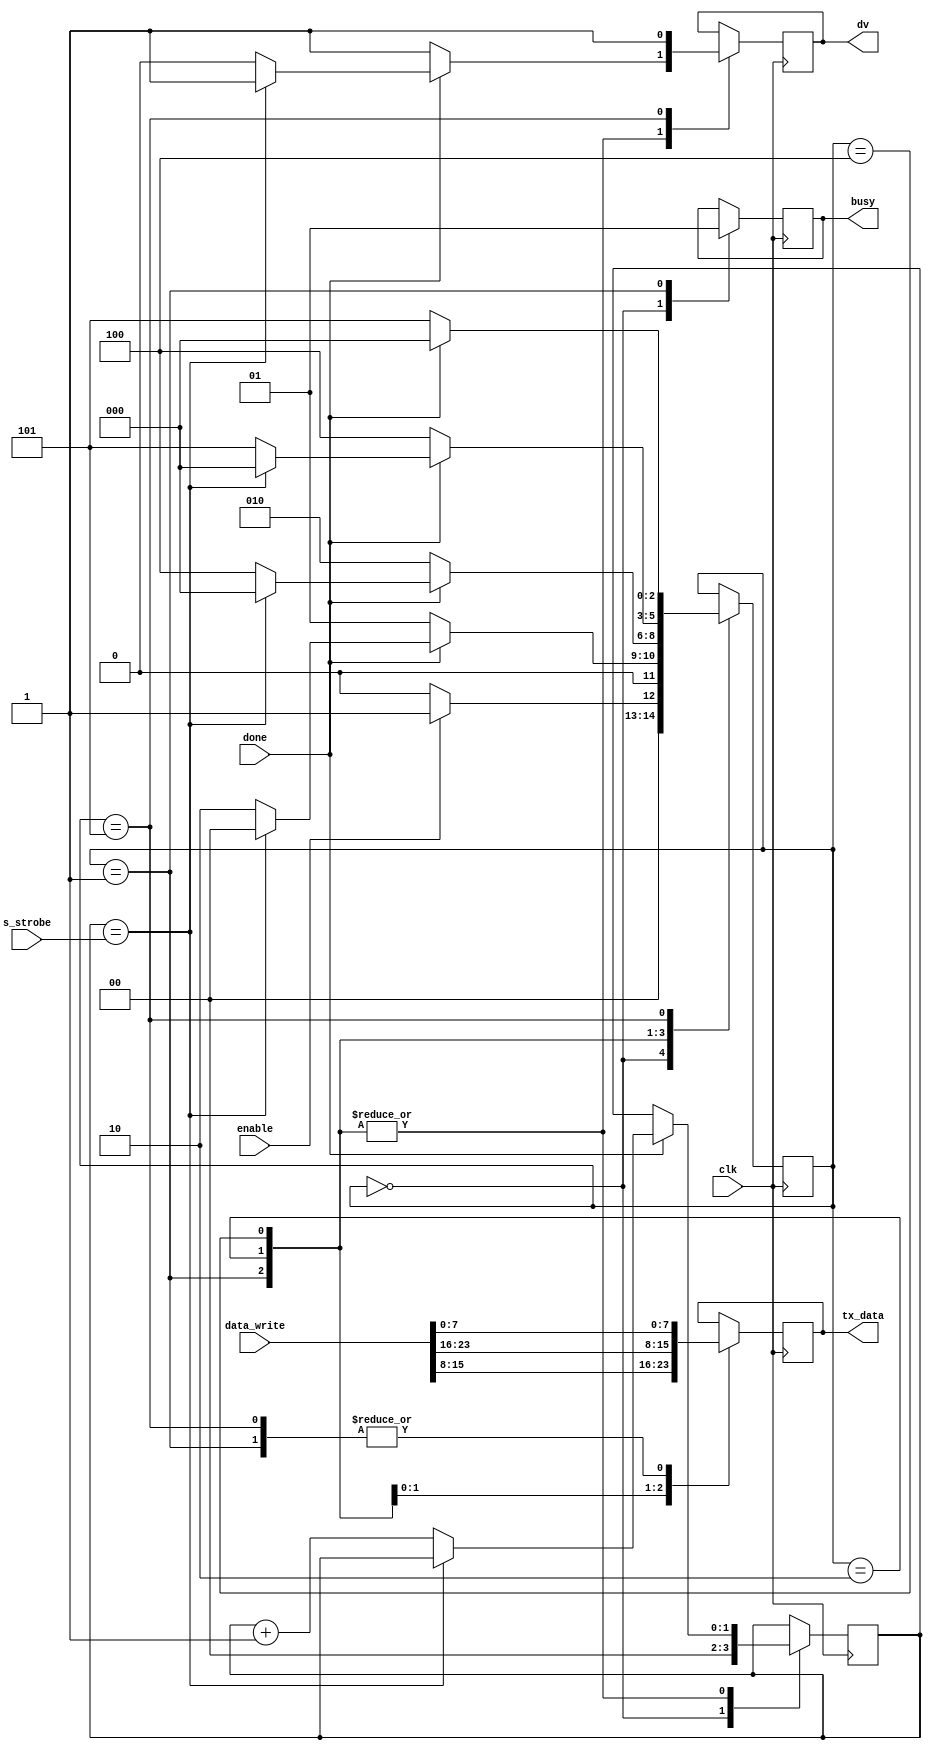
module ctrl_uart(
    input                   clk,
    input [1:0]             s_strobe,
    input  wire [31:0]      data_write,
    input                   enable,
    input                   done, // Signal indicating UART is ready for next byte

    output    reg            busy,
    output  reg              dv, // Data valid signal
    output reg [7:0]         tx_data
);

reg [1:0] max_counter;
reg [2:0] state;
parameter idle = 3'b000;
parameter byte1 = 3'b001;
parameter byte2 = 3'b010;
parameter byte3 = 3'b100;
parameter byte4 = 3'b101;

always @(posedge clk)
begin
    case(state)
        idle:
        begin
            busy <= 0;
            max_counter <= 0;
            if(enable)
                state <= byte1;
            else
                state <= idle;
        end

        byte1: begin
                    busy <= 1;
                    tx_data <= data_write[7:0];
                    dv <= 1;
            if(done)
            begin
                if(max_counter == s_strobe)
                        state <= idle;
                    else begin
                        state <= byte2;
                        dv <= 0;
                        max_counter <= max_counter + 1;
                    end
            end else
                state <= byte1;
            end

        byte2: begin
                tx_data <= data_write[15:8];
                dv <= 1;
                if(done) begin
                    if(max_counter == s_strobe)
                        state <= idle;
                    else begin
                        state <= byte3;
                        dv <= 0;
                        max_counter <= max_counter + 1;
                    end
            end else
                state <= byte2;
        end

        byte3: begin
                tx_data <= data_write[23:16];
                dv <= 1;
                if(done) begin
                    if(max_counter == s_strobe)
                            state <= idle;
                        else begin
                            state <= byte4;
                            dv <= 0;
                            max_counter <= max_counter + 1;
                        end
                end else
                    state <= byte3;
        end

        byte4: begin
                tx_data <= data_write[7:0];
                dv <= 1;
                if(done) begin
                    state <= idle;
                end else
                    state <= byte4;
    end
    endcase
end

endmodule